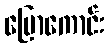
ပြောကောင်း